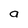
Character: 9